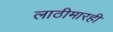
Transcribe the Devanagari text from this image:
लाठीमारही